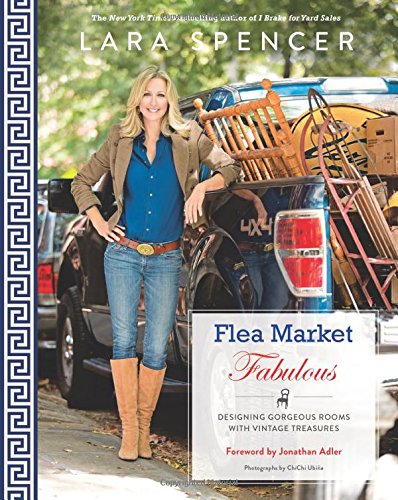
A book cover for Flea Market Fabulous: Designing Gorgeous Rooms with Vintage Treasures; Lara Spencer; Crafts, Hobbies & Home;